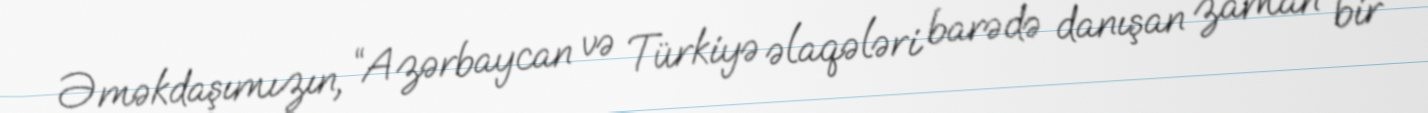
Əməkdaşımızın, “Azərbaycan və Türkiyə əlaqələri barədə danışan zaman bir